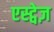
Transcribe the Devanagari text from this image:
एस्ट्वेज़